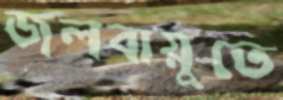
জলবায়ুতে